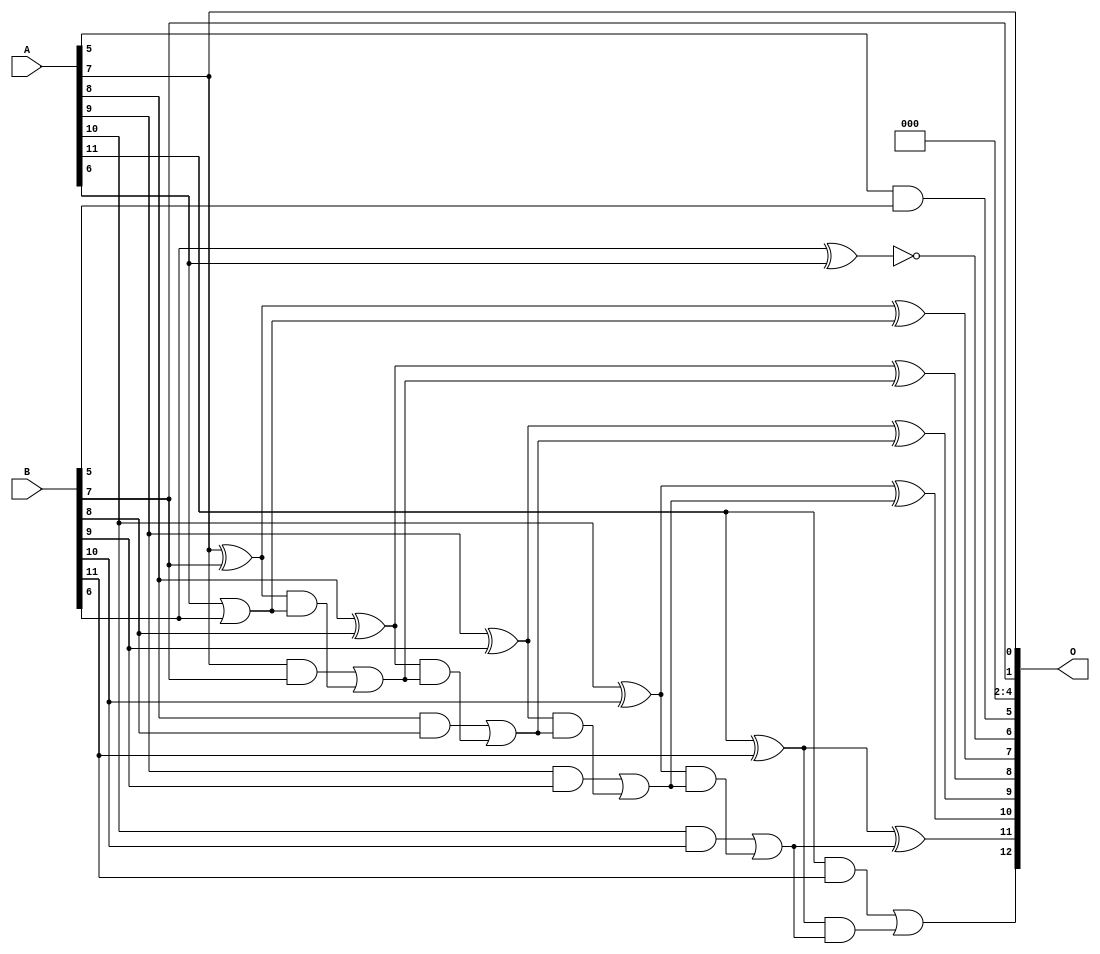
// This program was cloned from: https://github.com/ehw-fit/evoapproxlib
// License: MIT License

/***
* This code is a part of EvoApproxLib library (ehw.fit.vutbr.cz/approxlib) distributed under The MIT License.
* When used, please cite the following article(s):  
* This file contains a circuit from a sub-set of pareto optimal circuits with respect to the pwr and mre parameters
***/
// MAE% = 0.21 %
// MAE = 17 
// WCE% = 0.82 %
// WCE = 67 
// WCRE% = 6300.00 %
// EP% = 97.84 %
// MRE% = 0.58 %
// MSE = 474 
// PDK45_PWR = 0.024 mW
// PDK45_AREA = 54.9 um2
// PDK45_DELAY = 0.47 ns


module add12u_013(A, B, O);
  input [11:0] A, B;
  output [12:0] O;
  wire sig_55, sig_56, sig_57, sig_58, sig_60, sig_61;
  wire sig_62, sig_63, sig_65, sig_66, sig_67, sig_68;
  wire sig_70, sig_71, sig_72, sig_73, sig_75, sig_76;
  wire sig_77, sig_78;
  assign O[4] = 1'b0;
  assign O[5] = A[5] & B[5];
  assign O[6] = !(B[6] ^ A[6]);
  assign O[3] = 1'b0;
  assign O[2] = 1'b0;
  assign sig_55 = A[6] | B[6];
  assign sig_56 = A[7] ^ B[7];
  assign sig_57 = A[7] & B[7];
  assign sig_58 = sig_56 & sig_55;
  assign O[7] = sig_56 ^ sig_55;
  assign sig_60 = sig_57 | sig_58;
  assign sig_61 = A[8] ^ B[8];
  assign sig_62 = A[8] & B[8];
  assign sig_63 = sig_61 & sig_60;
  assign O[8] = sig_61 ^ sig_60;
  assign sig_65 = sig_62 | sig_63;
  assign sig_66 = A[9] ^ B[9];
  assign sig_67 = A[9] & B[9];
  assign sig_68 = sig_66 & sig_65;
  assign O[9] = sig_66 ^ sig_65;
  assign sig_70 = sig_67 | sig_68;
  assign sig_71 = A[10] ^ B[10];
  assign sig_72 = A[10] & B[10];
  assign sig_73 = sig_71 & sig_70;
  assign O[10] = sig_71 ^ sig_70;
  assign sig_75 = sig_72 | sig_73;
  assign sig_76 = A[11] ^ B[11];
  assign sig_77 = A[11] & B[11];
  assign sig_78 = sig_76 & sig_75;
  assign O[11] = sig_76 ^ sig_75;
  assign O[12] = sig_77 | sig_78;
  assign O[0] = A[7];
  assign O[1] = B[7];
endmodule